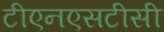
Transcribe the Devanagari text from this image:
टीएनएसटीसी